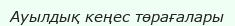
Ауылдық кеңес төрағалары